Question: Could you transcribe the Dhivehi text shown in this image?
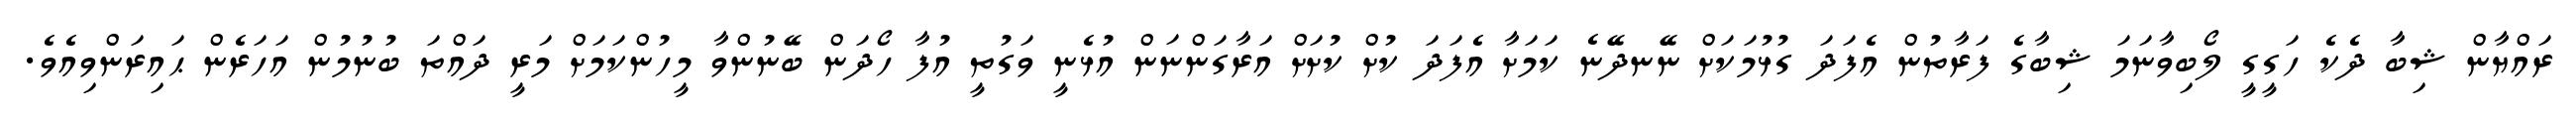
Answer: ރައްޔާން ޝިބާ ދެކެ ހަގީގީ ލޯބިވާނަމަ ޝިބާގެ ފަރާތުން އެފަދަ ގުޅުމަކަށް ނޭނދޭނެ ކަމަށާ އެފަދަ ކުށް ކުށަށް އަރާގަންނަން އުޅެނީ ވަގުތީ އުފާ ހޯދަން ބޭނުންވާ މީހުންކަމަށް މަރީ ދައްތަ ބުނުމުން އަހަރެން ޙައިރަންވިއެވެ.